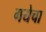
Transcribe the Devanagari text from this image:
गयेचा